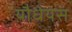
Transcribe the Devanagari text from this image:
यौधेयस